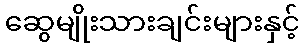
ဆွေမျိုးသားချင်းများနှင့်